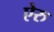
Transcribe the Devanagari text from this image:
ऐरु